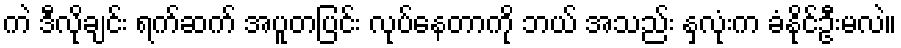
ကဲ ဒီလိုချင်း ရက်ဆက် အပူတပြင်း လုပ်နေတာကို ဘယ် အသည်း နှလုံးက ခံနိုင်ဦးမလဲ။